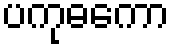
ပကုဓကော